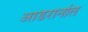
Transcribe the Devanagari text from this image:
आडरानांत